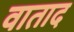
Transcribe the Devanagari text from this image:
वाताद